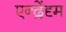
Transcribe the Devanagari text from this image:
एन्द्रेंदृम